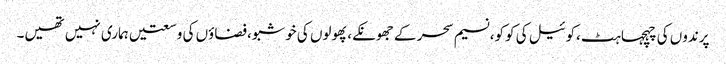
پرندوں کی چہچہاہٹ،کوئیل کی کوکو،نسیم سحر کے جھونکے،پھولوں کی خوشبو،فضاؤں کی وسعتیں ہماری نہیں تھیں۔